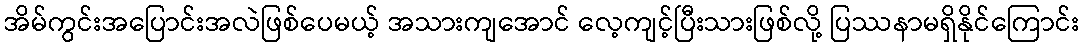
အိမ်ကွင်းအပြောင်းအလဲဖြစ်ပေမယ့် အသားကျအောင် လေ့ကျင့်ပြီးသားဖြစ်လို့ ပြဿနာမရှိနိုင်ကြောင်း